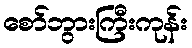
စော်ဘွားကြီးကုန်း